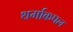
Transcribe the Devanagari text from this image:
थर्माकपल